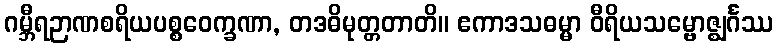
ဂမ္ဘီရဉာဏစရိယပစ္စဝေက္ခဏာ, တဒဓိမုတ္တတာတိ။ ဧကာဒသဓမ္မာ ဝီရိယသမ္ဗောဇ္ဈင်္ဂဿ